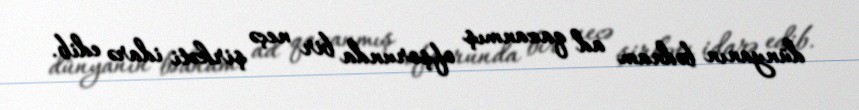
dünyanın bədnam ad qazanmış ofşorunda bir neçə şirkəti idarə edib.